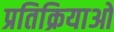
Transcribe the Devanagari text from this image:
प्रतिक्रियाओ